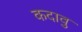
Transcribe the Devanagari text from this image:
कदावु